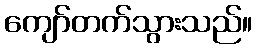
ကျော်တက်သွားသည်။